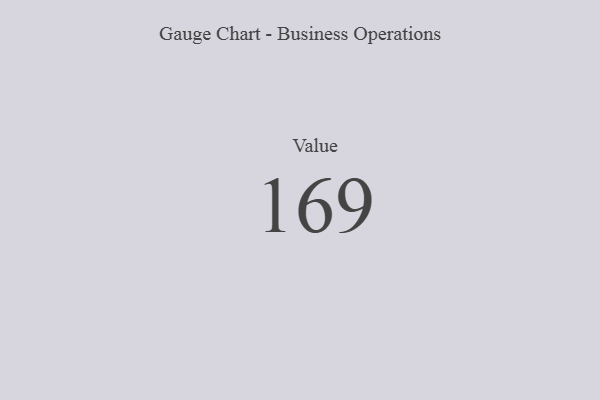
{"axis": {"x": "Metric", "y": "Value"}, "legend": [""], "data": [{"x": "Value", "y": 169, "type": ""}]}